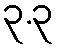
၃.၃